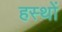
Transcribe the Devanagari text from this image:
हस्थों